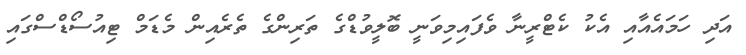
އަދި ހަމައެއާއި އެކު ކެޓްރީނާ ވެފައިމިވަނީ ބޮލީވުޑްގެ ތަރިންގެ ތެރެއިން މެޑަމް ޓިއުސޯޑްސްގައި